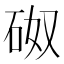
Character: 𥑌